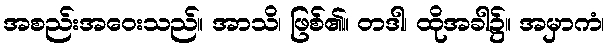
အစည်းအဝေးသည်။ အာသိ၊ ဖြစ်၏။ တဒါ၊ ထိုအခါ၌။ အမှာကံ၊